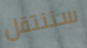
سننتقل